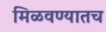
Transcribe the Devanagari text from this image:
मिळवण्यातच